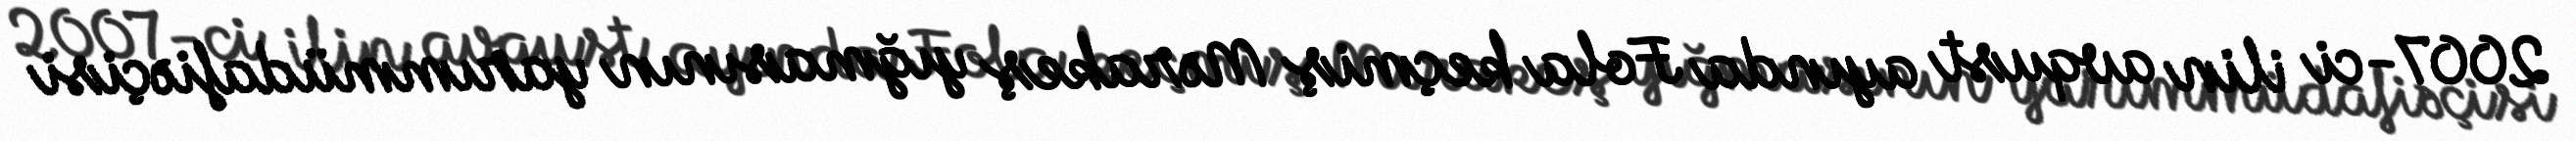
2007-ci ilin avqust ayında Fola keçmiş Mərakeş yığmasının yarımmüdafiəçisi